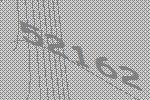
52162